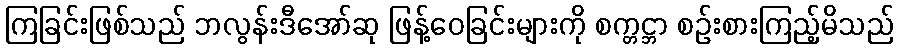
ကြခြင်းဖြစ်သည် ဘလွန်းဒီအော်ဆု ဖြန့်ဝေခြင်းများကို စက္တင္ဘာ စဉ်းစားကြည့်မိသည်